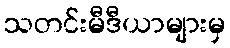
သတင်းမီဒီယာများမှ